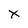
Character: X